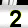
Digit: 2